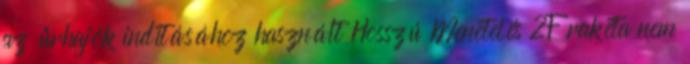
az űrhajók indításához használt Hosszú Menetelés 2F rakéta nem